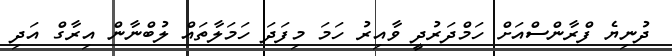
ދުނިޔެ ފްރާންސްއަށް ހަމްދަރުދީ ވާއިރު ހަމަ މިފަދަ ހަމަލާތައް ލުބްނާން އިރާގް އަދި